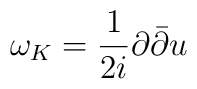
\omega_K = \frac{1}{2i}  \partial {\bar {\partial} } u